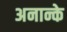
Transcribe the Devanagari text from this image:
अनान्के